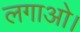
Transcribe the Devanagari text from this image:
लगाओ।